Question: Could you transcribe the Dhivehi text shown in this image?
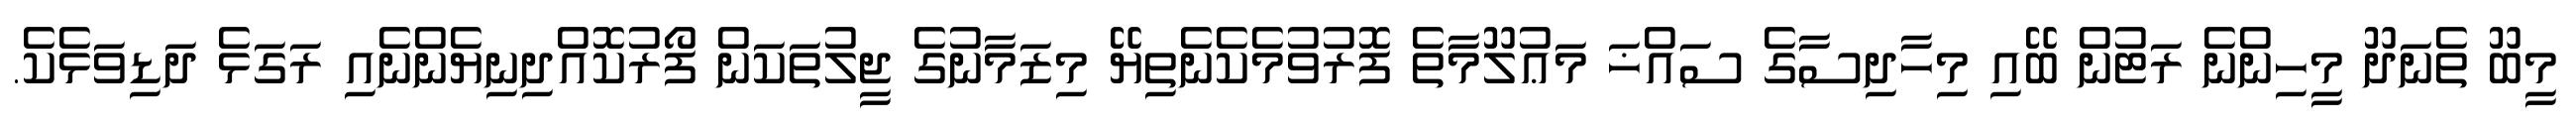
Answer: މީބޫ ތެނަދޫ މީހިންނެ ރަޓުން ބޭއި މިހާދިސާގެ ސައްޚަ މަޢުލޫމާތެ ފޮރުވުމެކެނެތިޔޭ މިޒަމާނުގެ ޖީލުތަކަން ފޯރުކޮއްދިނިޔެންނެއި ރަގަޅެ ދަޑިވަޅެކެ.